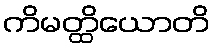
ကိမတ္ထိယောတိ